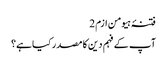
فتنۂ ہیومن ازم 2
آپ کے فہم دین کا مصدر کیا ہے؟